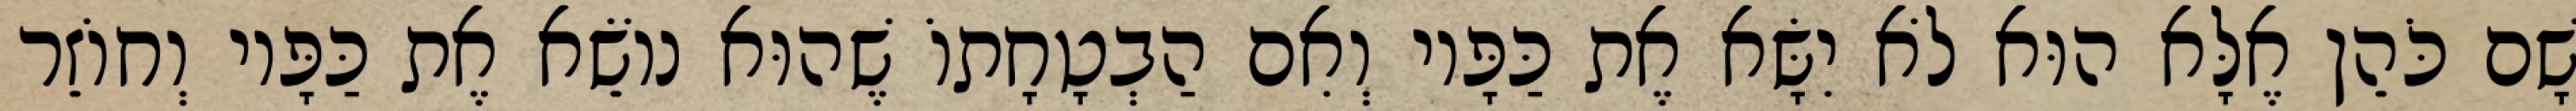
שָׁם כֹּהֵן אֶלָּא הוּא לֹא יִשָּׂא אֶת כַּפָּיו וְאִם הַבְטָחָתוֹ שֶׁהוּא נוֹשֵׂא אֶת כַּפָּיו וְחוֹזֵר